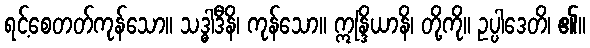
ရင့်စေတတ်ကုန်သော။ သဒ္ဓါဒီနိ၊ ကုန်သော။ ဣန္ဒြိယာနိ၊ တို့ကို။ ဥပ္ပါဒေတိ၊ ၏။